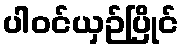
ပါဝင်ယှဉ်ပြိုင်